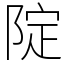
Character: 䧑